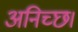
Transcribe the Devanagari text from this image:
अनिच्छ।